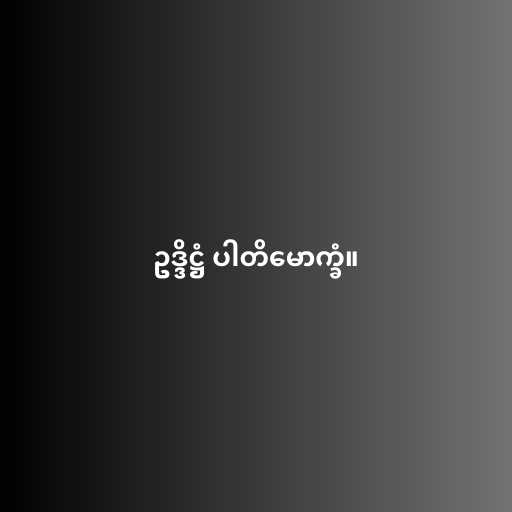
ဥဒ္ဒိဋ္ဌံ ပါတိမောက္ခံ။